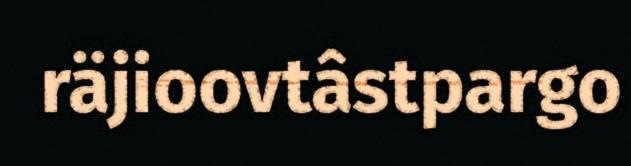
räjioovtâstpargo